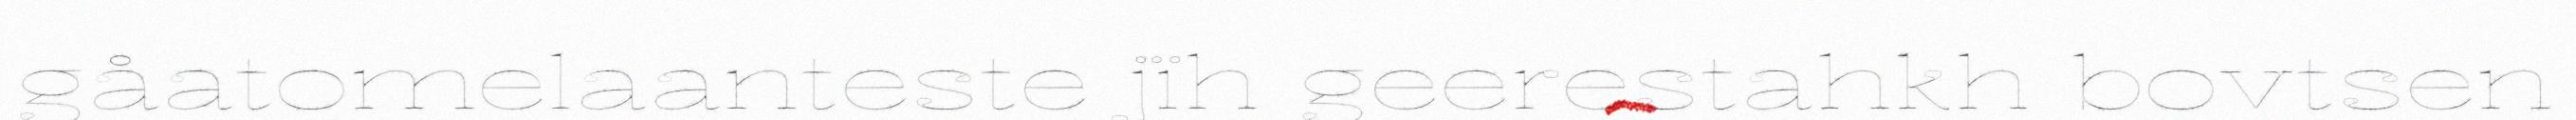
gåatomelaanteste jïh geerestahkh bovtsen